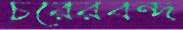
চরেরবন্দ